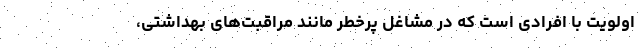
اولویت با افرادی است که در مشاغل پرخطر مانند مراقبت‌های بهداشتی،